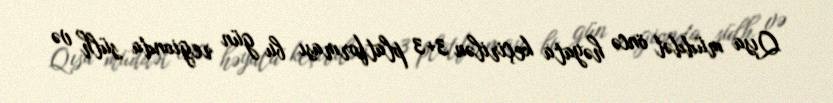
Qısa müddət öncə həyata keçirilən 3+3 platforması bu gün regionda sülh və